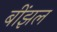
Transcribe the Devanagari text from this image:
बींझल